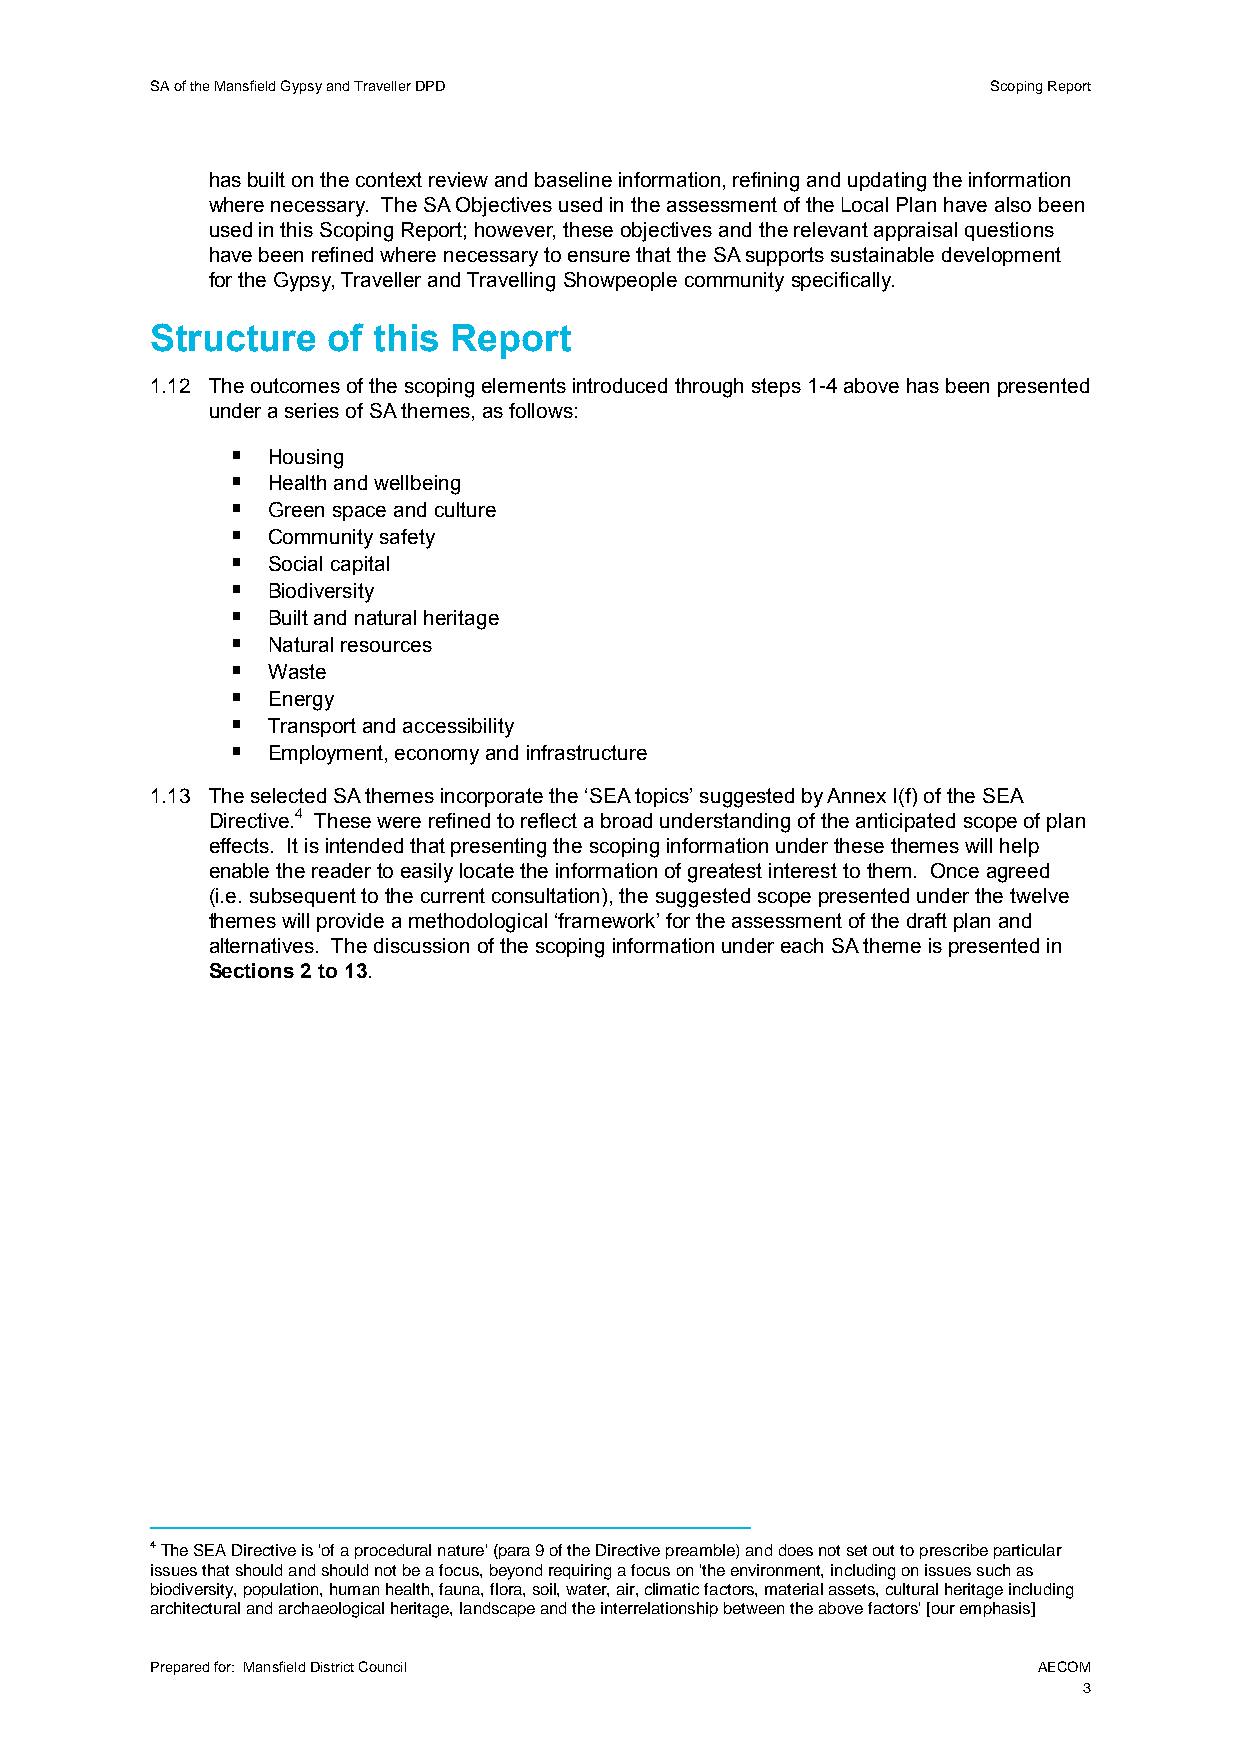
SA of the Mansfield Gypsy and Traveller DPD             Scoping Report
 has built on the context review and baseline information, refining and updating the information
 where necessary. The SA Objectives used in the assessment of the Local Plan have also been
 used in this Scoping Report; however, these objectives and the relevant appraisal questions
 have been refined where necessary to ensure that the SA supports sustainable development
 for the Gypsy, Traveller and Travelling Showpeople community specifically.
 Structure   of this Report
 1.12 The outcomes of the scoping elements introduced through steps 1-4 above has been presented
 under a series of SA themes, as follows:
   Housing
   Health and wellbeing
   Green space and culture
   Community safety
   Social capital
   Biodiversity
   Built and natural heritage
   Natural resources
   Waste
   Energy
   Transport and accessibility
   Employment, economy and infrastructure
 1.13 The selected SA themes incorporate the ‘SEA topics’ suggested by Annex I(f) of the SEA
 Directive.4 These were refined to reflect a broad understanding of the anticipated scope of plan
 effects. It is intended that presenting the scoping information under these themes will help
 enable the reader to easily locate the information of greatest interest to them. Once agreed
 (i.e. subsequent to the current consultation), the suggested scope presented under the twelve
 themes will provide a methodological ‘framework’ for the assessment of the draft plan and
 alternatives. The discussion of the scoping information under each SA theme is presented in
 Sections 2 to 13.
 4 The SEA Directive is 'of a procedural nature' (para 9 of the Directive preamble) and does not set out to prescribe particular
 issues that should and should not be a focus, beyond requiring a focus on 'the environment, including on issues such as
 biodiversity, population, human health, fauna, flora, soil, water, air, climatic factors, material assets, cultural heritage including
 architectural and archaeological heritage, landscape and the interrelationship between the above factors' [our emphasis]
 Prepared for: Mansfield District Council                   AECOM
 3